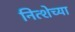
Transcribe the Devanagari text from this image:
नित्शेच्या